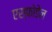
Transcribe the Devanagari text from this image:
एस्फोडेल